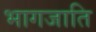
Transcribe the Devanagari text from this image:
भागजाति